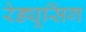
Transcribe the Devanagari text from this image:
रेड्यूसिंग